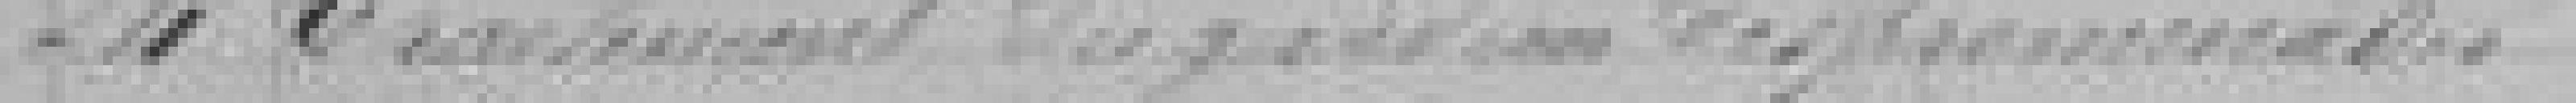
24.Traitement des ?? des ????